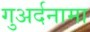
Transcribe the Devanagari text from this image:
गुअर्दनामा